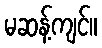
မဆန့်ကျင်။